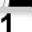
Digit: 1